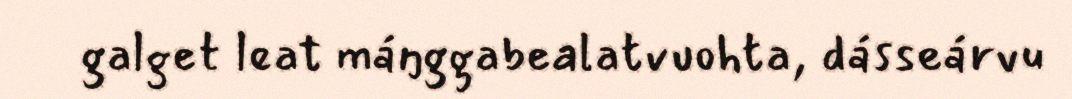
galget leat máŋggabealatvuohta, dásseárvu